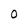
Character: 0